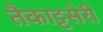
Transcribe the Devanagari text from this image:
तैकाट्टसेरी